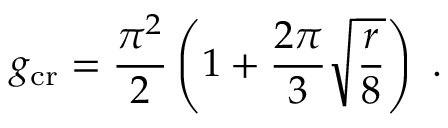
g _ { \mathrm { c r } } = \frac { \pi ^ { 2 } } { 2 } \left( 1 + \frac { 2 \pi } { 3 } \sqrt { \frac { r } { 8 } } \right) \ .